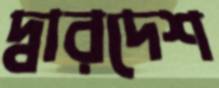
দ্বারদেশ